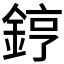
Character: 𨧤